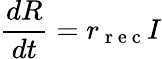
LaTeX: \frac{dR}{dt}=r_{\mathrm{~r~e~c~}}I